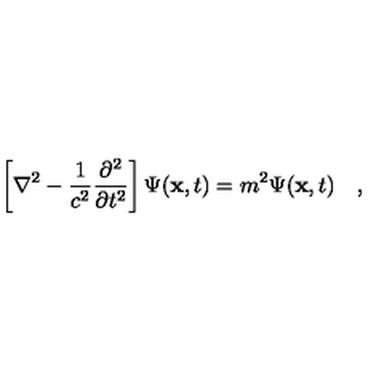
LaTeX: \left[ \nabla ^ { 2 } - { \frac { 1 } { c ^ { 2 } } } { \frac { \partial ^ { 2 } } { \partial t ^ { 2 } } } \right] \Psi ( { \bf x } , t ) = m ^ { 2 } \Psi ( { \bf x } , t ) \quad ,